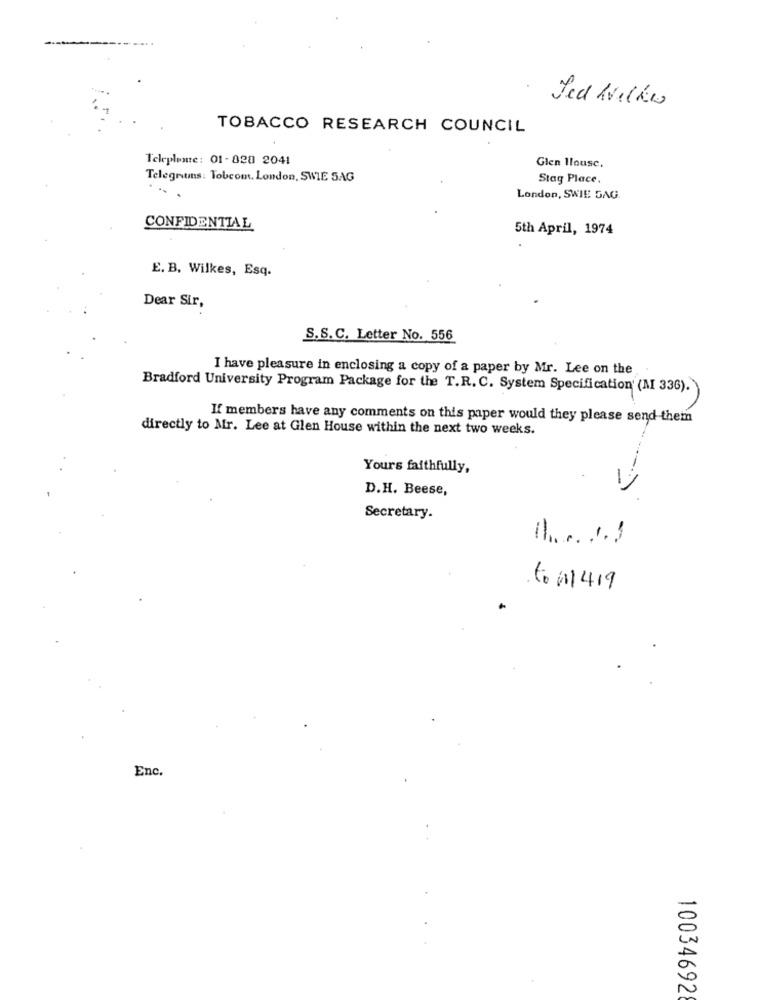
Jed Wilkes
TOBACCO RESEARCH COUNCIL
Teleplume: 01-820 2041
Glen Ilousc.
Telegrams: Tobcom. London, SWIE SAG
Stag Place.
London, SWIE DAG.
CONFIDENTIAL
5th April, 1974
E. B. Wilkes, Esq.
Dear Sir,
S.S.C. Letter No. 556
I have pleasure in enclosing a copy of a paper by Mr. Lee on the
Bradford University Program Package for the T.R. C. System Specification' (M 336).
If members have any comments on this paper would they please send them
directly to Mr. Lee at Glen House within the next two weeks.
Yours faithfully,
D.H. Beese,
Secretary.
to 11 419
Enc.
10034692